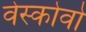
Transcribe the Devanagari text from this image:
वेस्कोवो